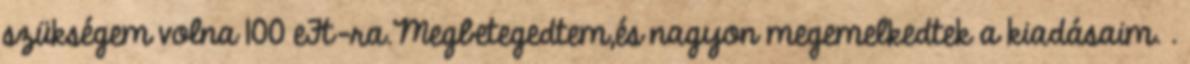
szükségem volna 100 eFt-ra.Megbetegedtem,és nagyon megemelkedtek a kiadásaim. .